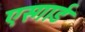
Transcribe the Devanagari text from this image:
एस्गार्ड